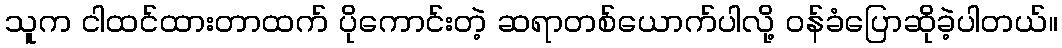
သူက ငါထင်ထားတာထက် ပိုကောင်းတဲ့ ဆရာတစ်ယောက်ပါလို့ ဝန်ခံပြောဆိုခဲ့ပါတယ်။